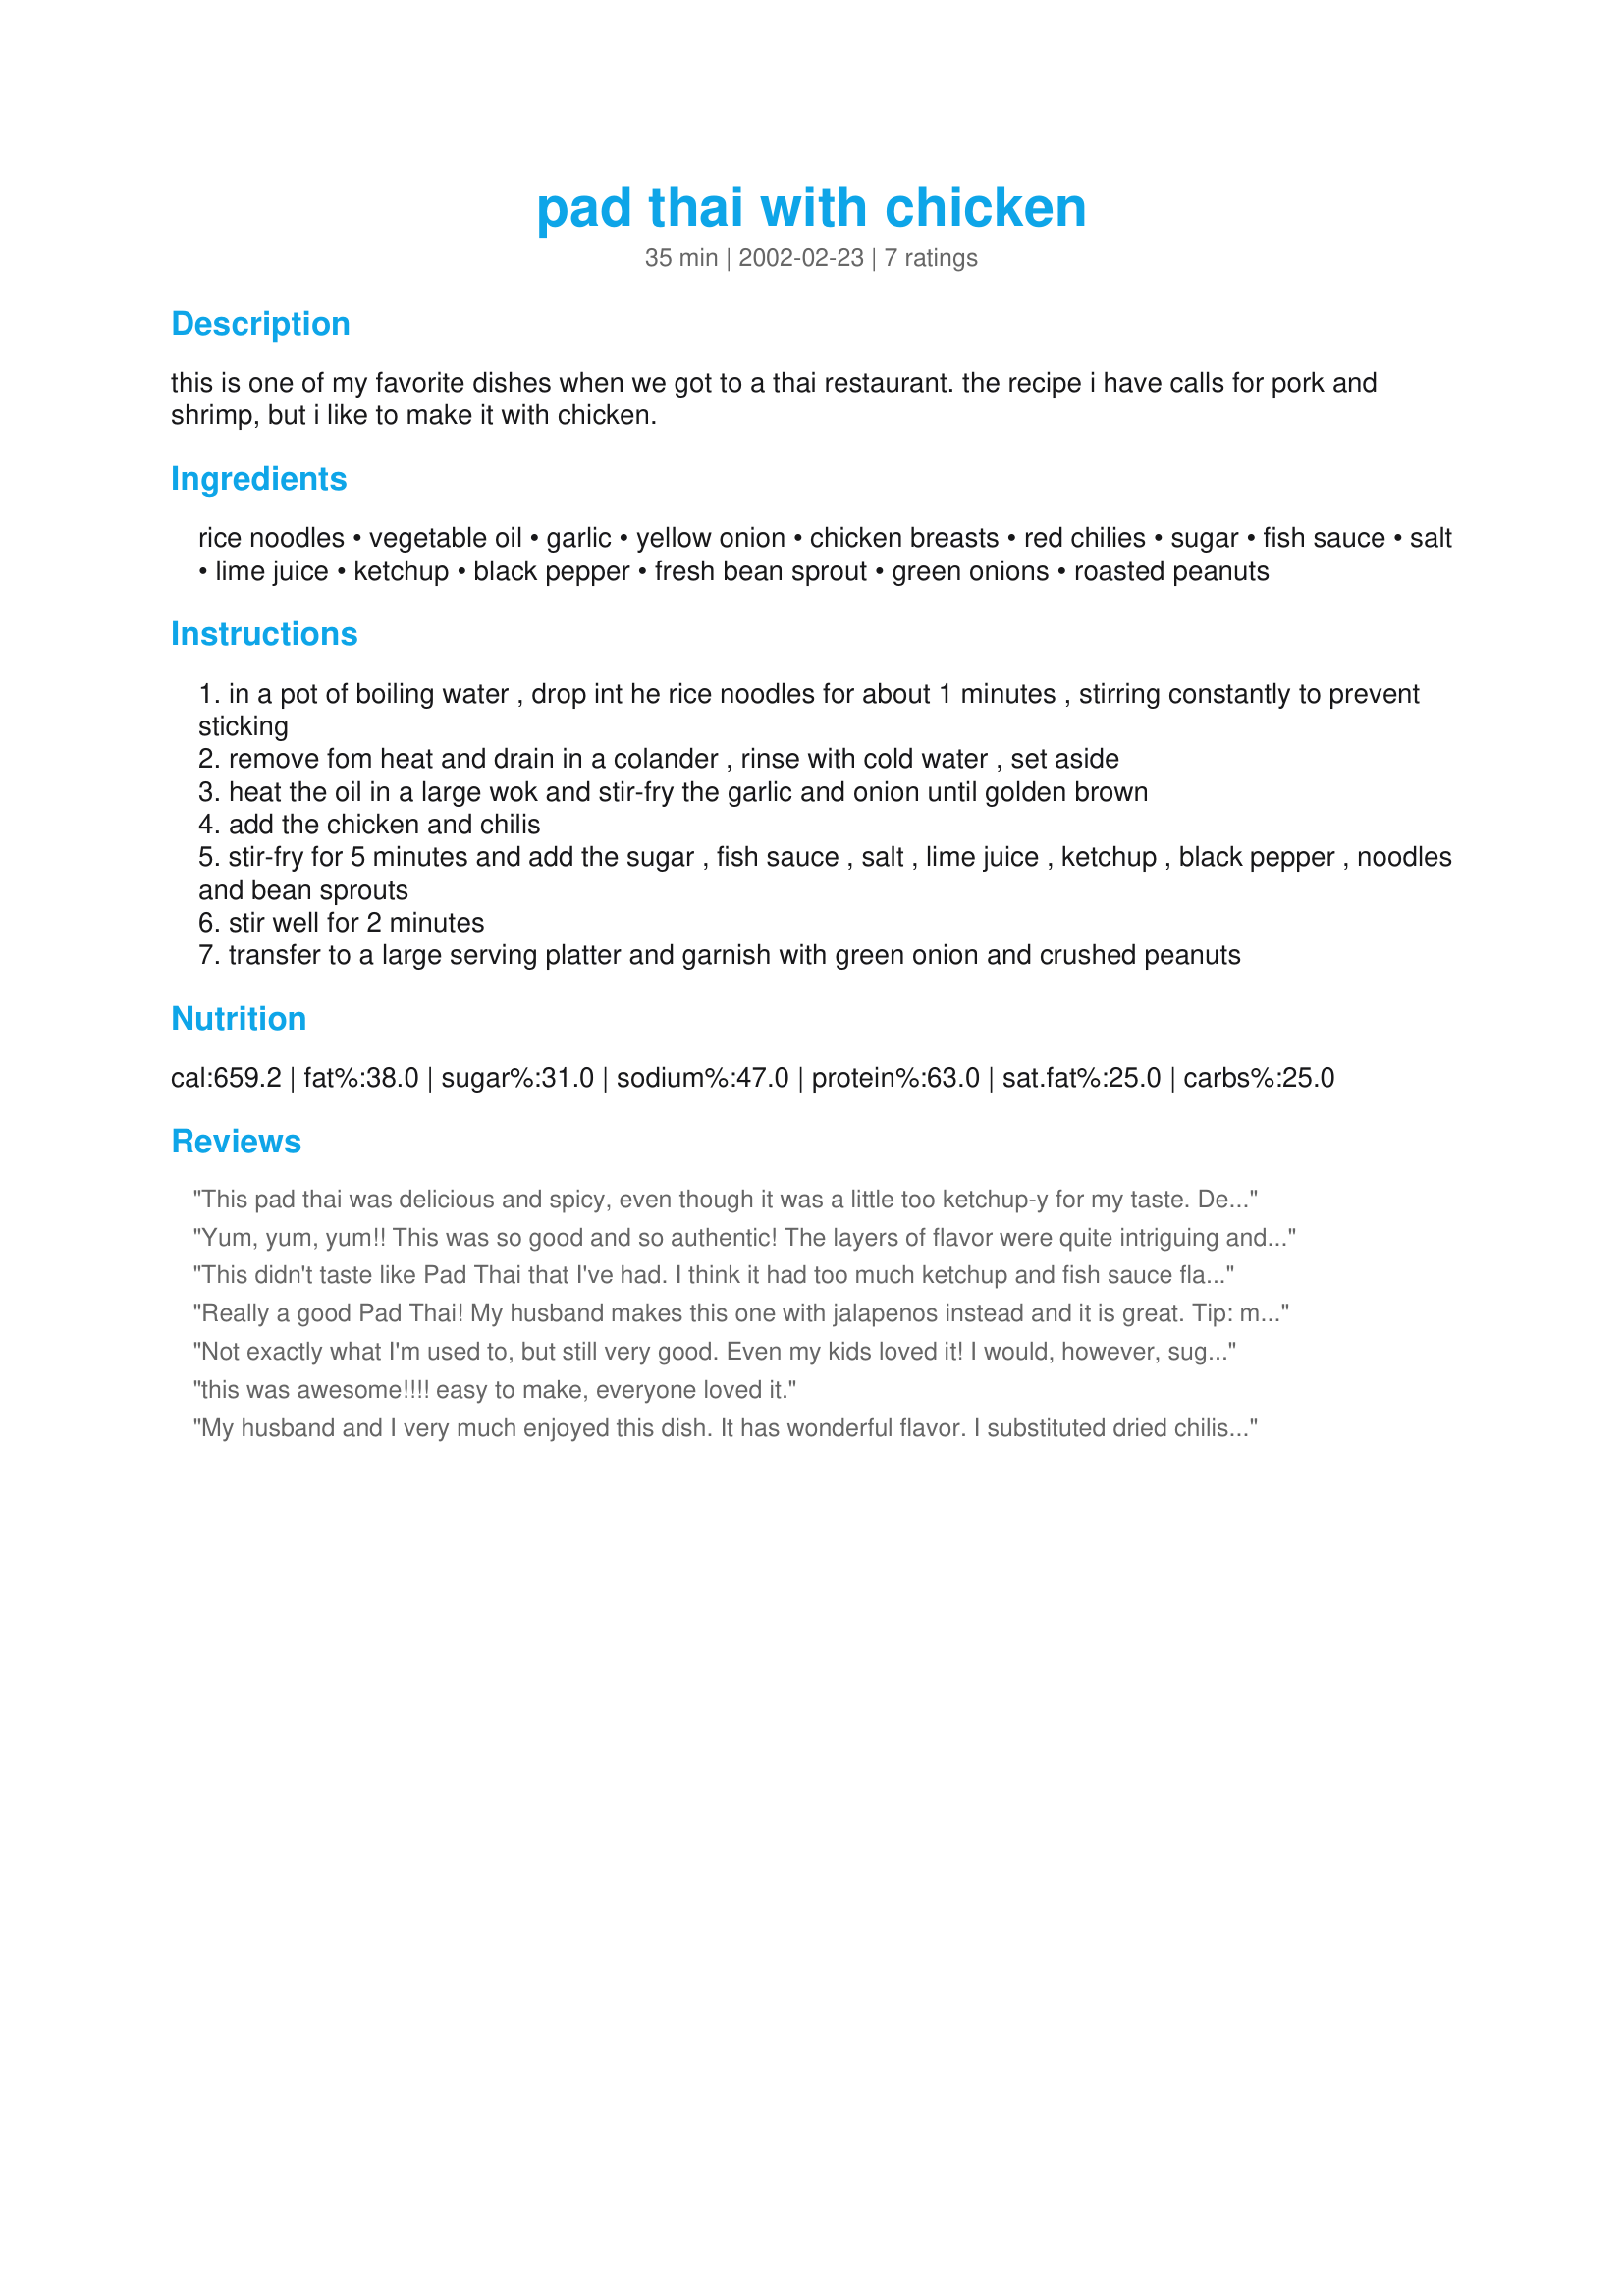
pad thai with chicken
Preparation time: 35 minutes

this is one of my favorite dishes when we got to a thai restaurant. the recipe i have calls for pork and shrimp, but i like to make it with chicken.

Ingredients:
rice noodles, vegetable oil, garlic, yellow onion, chicken breasts, red chilies, sugar, fish sauce, salt, lime juice, ketchup, black pepper, fresh bean sprout, green onions, roasted peanuts

Steps:
in a pot of boiling water , drop int he rice noodles for about 1 minutes , stirring constantly to prevent sticking
remove fom heat and drain in a colander , rinse with cold water , set aside
heat the oil in a large wok and stir-fry the garlic and onion until golden brown
add the chicken and chilis
stir-fry for 5 minutes and add the sugar , fish sauce , salt , lime juice , ketchup , black pepper , noodles and bean sprouts
stir well for 2 minutes
transfer to a large serving platter and garnish with green onion and crushed peanuts

Reviews:
This pad thai was delicious and spicy, even though it was a little too ketchup-y for my taste. Decently easy to prepare, as well. Thanks!
Yum, yum, yum!! This was so good and so authentic! The layers of flavor were quite intriguing and before you know it the bowl is empty! This recipe made plenty for two. The only thing I did add was a tablespoon of ketjap manis because it wasn't really balanced to my palate with just the sugar.
This didn't taste like Pad Thai that I've had. I think it had too much ketchup and fish sauce flavor. I also expected eggs.
Really a good Pad Thai!
My husband makes this one with jalapenos instead and it is great.
Tip: make extra sauce. In case it seems dry you can add more at the end.
Not exactly what I'm used to, but still very good. Even my kids loved it! I would, however, suggest less chilis if you plan to serve to children.
this was awesome!!!! easy to make, everyone loved it.
My husband and I very much enjoyed this dish. It has wonderful flavor. I substituted dried chilis for the fresh ones and it still worked well.
